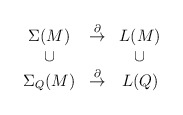
\begin{align*}\begin{array}{ccc}\Sigma(M) & \stackrel{\partial}{\to } & L(M) \\ \cup & & \cup \\\Sigma_Q(M) & \stackrel{\partial}{\to} & L(Q) \\\end{array}\end{align*}